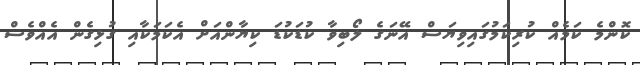
ކޮންމެ ކަމެއް ކުރިކަމުގައިވިޔަސް އޭނަގެ ލޯބިވާ ކުޑަކުޑަ ކިޔާންއަށް އެކަމަކާއި ގުޅިގެން އެއްވެސް